65_HS1-834228961_62-HQ-83894_Section_10
Agency: FBI
Page 6
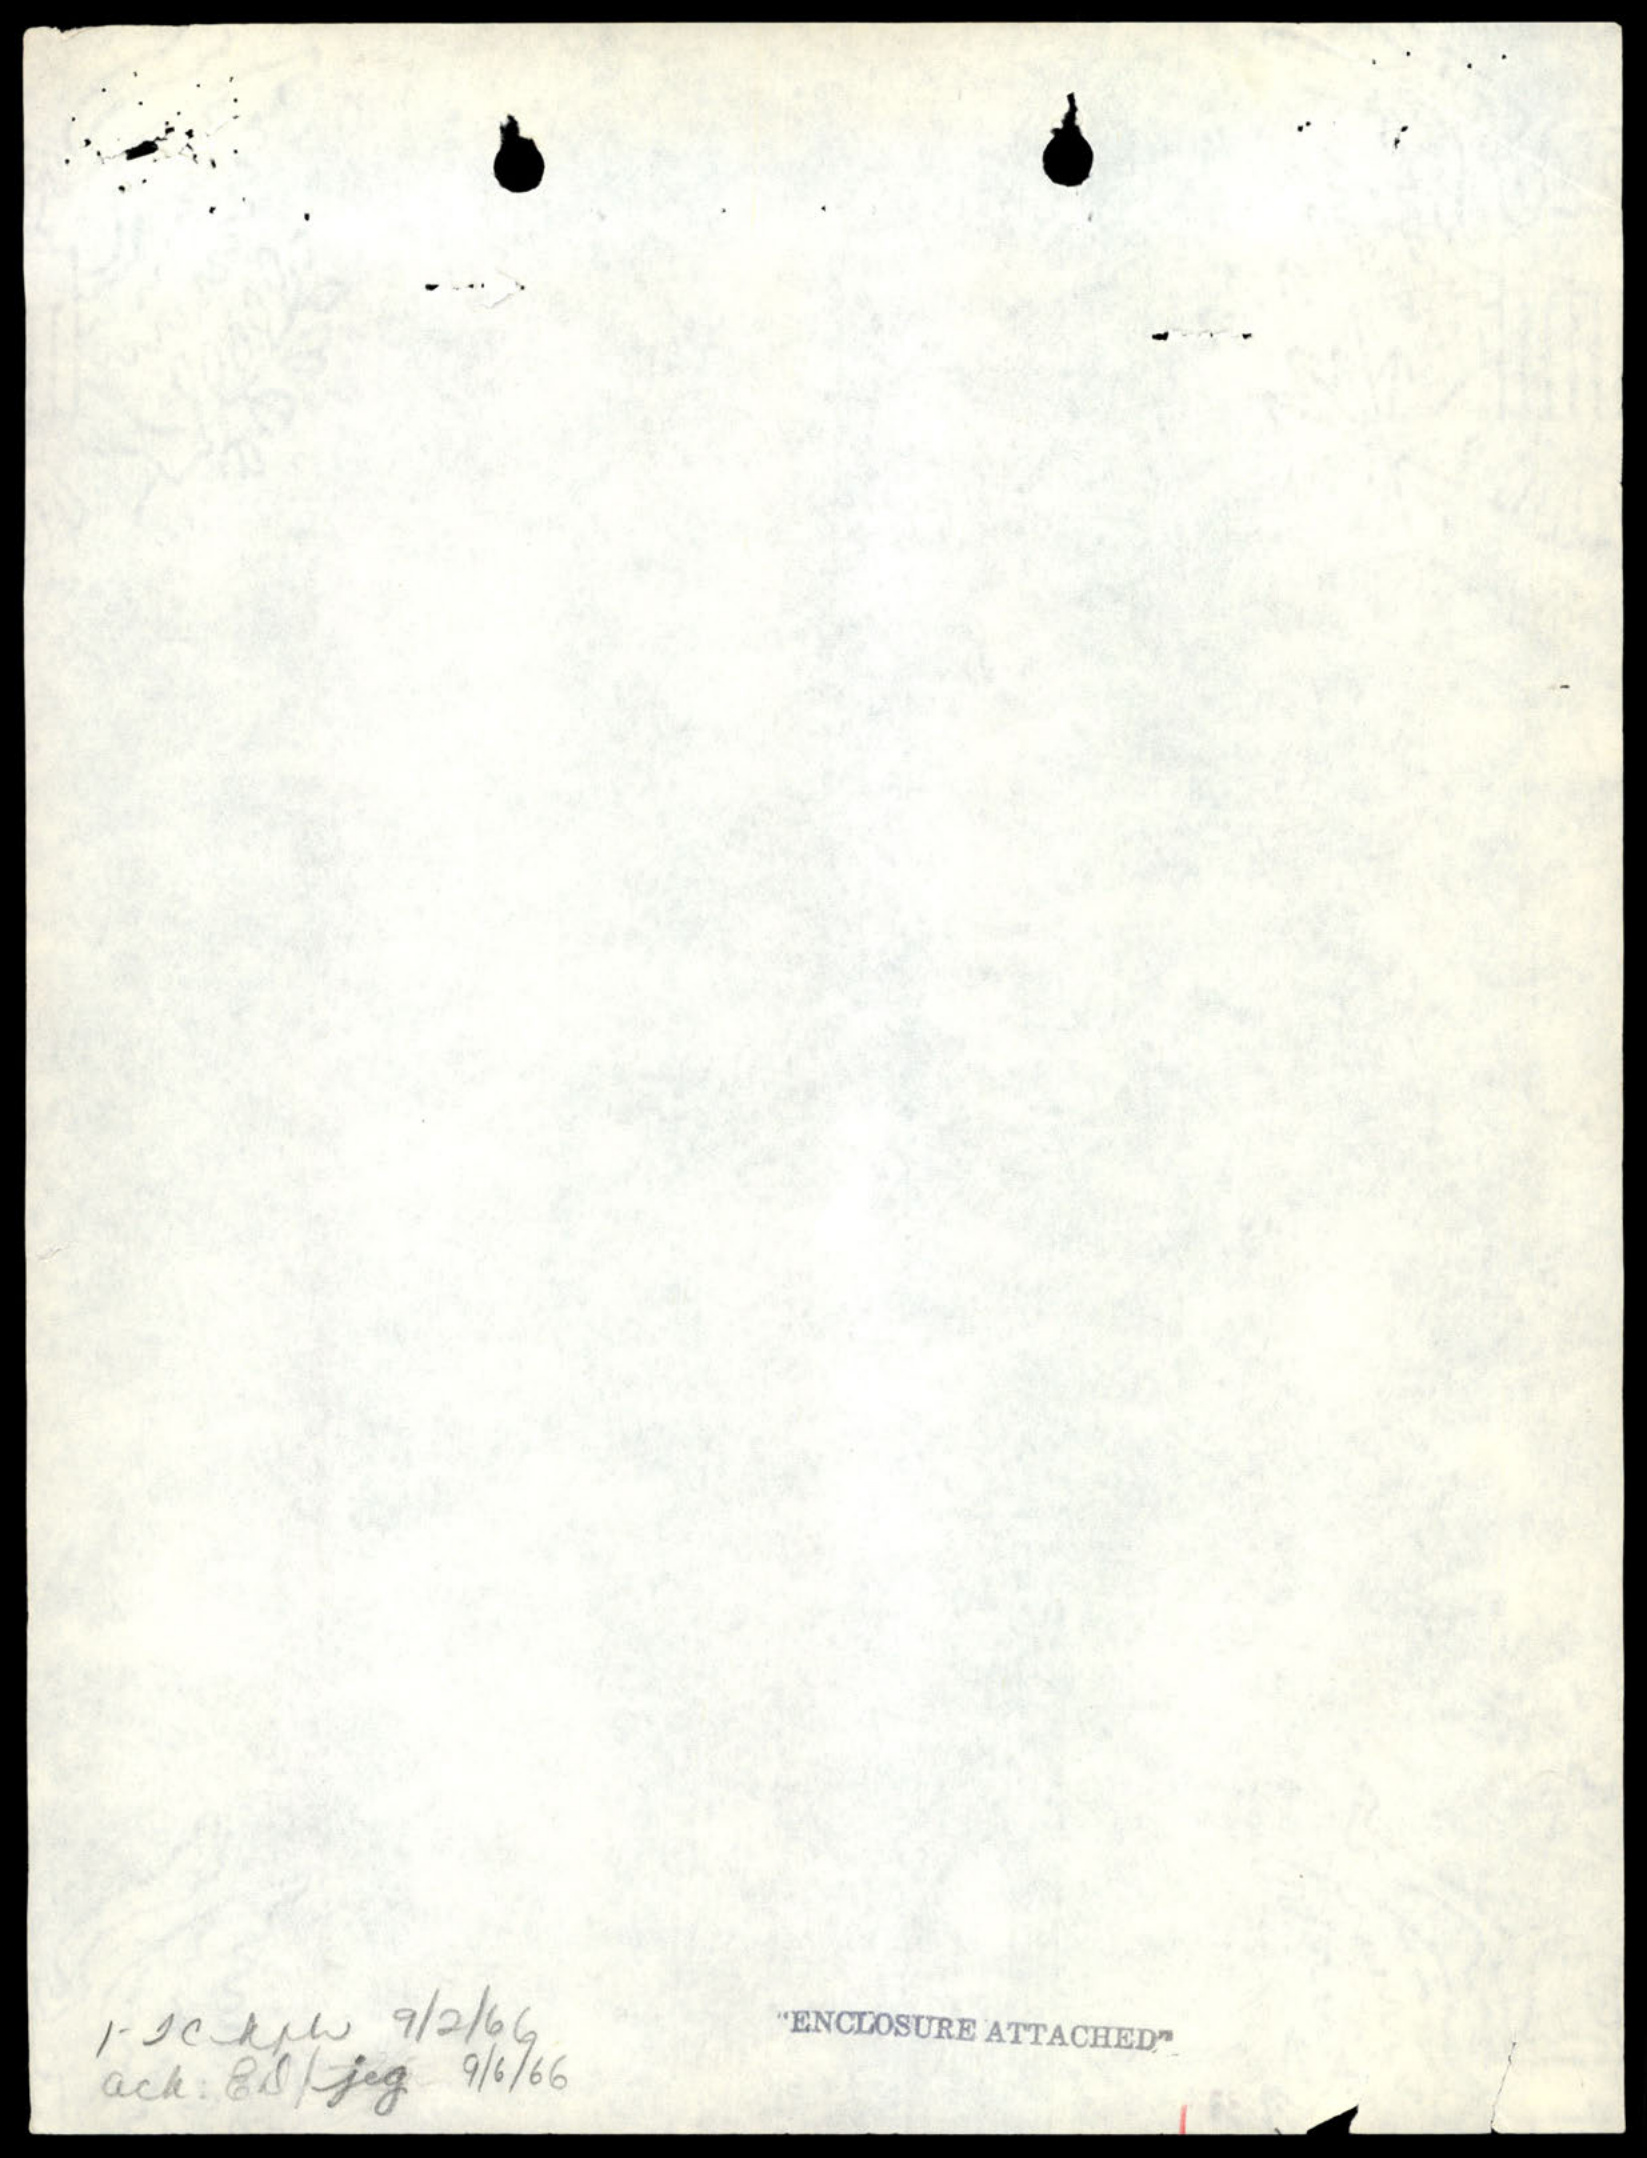